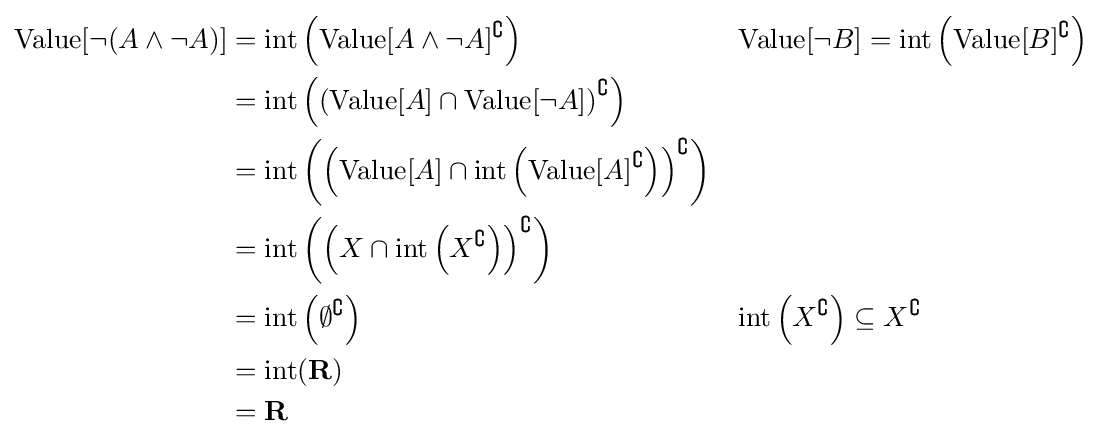
{\begin{aligned}{\text{Value}}[\neg (A\land \neg A)]&={\text{int}}\left({\text{Value}}[A\land \neg A]^{\complement }\right)&&{\text{Value}}[\neg B]={\text{int}}\left({\text{Value}}[B]^{\complement }\right)\\&={\text{int}}\left(\left({\text{Value}}[A]\cap {\text{Value}}[\neg A]\right)^{\complement }\right)\\&={\text{int}}\left(\left({\text{Value}}[A]\cap {\text{int}}\left({\text{Value}}[A]^{\complement }\right)\right)^{\complement }\right)\\&={\text{int}}\left(\left(X\cap {\text{int}}\left(X^{\complement }\right)\right)^{\complement }\right)\\&={\text{int}}\left(\emptyset ^{\complement }\right)&&{\text{int}}\left(X^{\complement }\right)\subseteq X^{\complement }\\&={\text{int}}(\mathbf {R} )\\&=\mathbf {R} \end{aligned}}